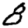
Digit: 8